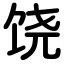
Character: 饶